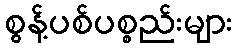
စွန့်ပစ်ပစ္စည်းများ